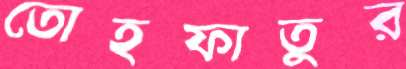
তোহফাতুর